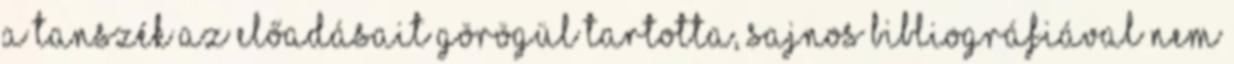
a tanszék az előadásait görögül tartotta, sajnos bibliográfiával nem